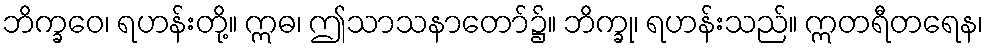
ဘိက္ခဝေ၊ ရဟန်းတို့။ ဣဓ၊ ဤသာသနာတော်၌။ ဘိက္ခု၊ ရဟန်းသည်။ ဣတရီတရေန၊